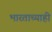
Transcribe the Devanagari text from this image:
भारताच्याही